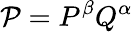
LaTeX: \mathcal{P}=P^{\beta}Q^{\alpha}